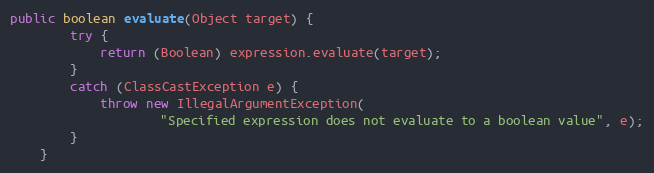
Language: Java
public boolean evaluate(Object target) {
        try {
            return (Boolean) expression.evaluate(target);
        }
        catch (ClassCastException e) {
            throw new IllegalArgumentException(
                    "Specified expression does not evaluate to a boolean value", e);
        }
    }